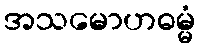
အသမောဟဓမ္မံ